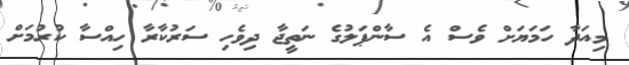
މިއަދާ ހަމަޔަށް ވެސް އެ ސާންޕަލުގެ ނަތީޖާ ދިވެހި ސަރުކާރާ ހިއްސާ ކުރުމަށް